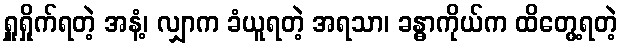
ရှူရှိုက်ရတဲ့ အနံ့၊ လျှာက ခံယူရတဲ့ အရသာ၊ ခန္ဓာကိုယ်က ထိတွေ့ရတဲ့